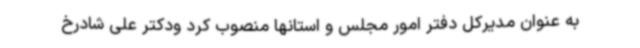
به عنوان مدیرکل دفتر امور مجلس و استانها منصوب کرد ودکتر علی شادرخ